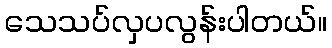
သေသပ်လှပလွန်းပါတယ်။